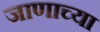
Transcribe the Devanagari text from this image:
जाणाच्या